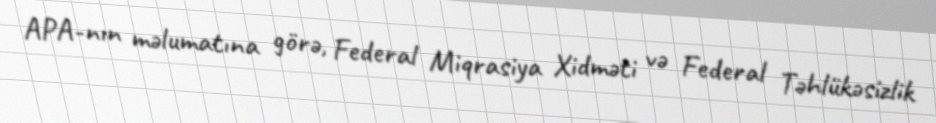
APA-nın məlumatına görə, Federal Miqrasiya Xidməti və Federal Təhlükəsizlik